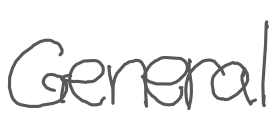
Text: General
Cross-out: clean
Writing tool: digital_gray